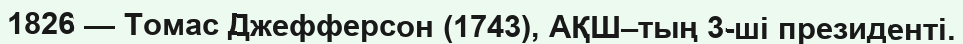
1826 — Томас Джефферсон (1743), АҚШ–тың 3-ші президенті.